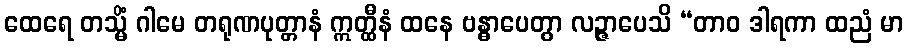
ထေရေ တသ္မိံ ဂါမေ တရုဏပုတ္တာနံ ဣတ္ထီနံ ထနေ ဗန္ဓာပေတွာ လဉ္ဇာပေသိ “တာဝ ဒါရကာ ထညံ မာ